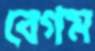
বেগম